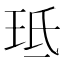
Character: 𭹁